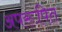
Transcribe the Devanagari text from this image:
अपरूपित